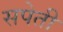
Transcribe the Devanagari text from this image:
सपेती